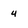
Character: 4